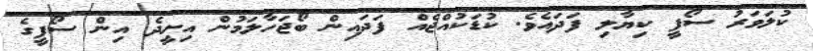
ކުލަވަރު ސޯފީ ކިޔާލި ފަދައެވެ. ކުޑަކުއްޖެއް ފަދައިން ބޯޖަހާލަމުން އިށީދެ އިން ސޯފީގެ